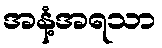
အနံ့အရသာ